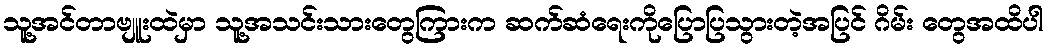
သူ့အင်တာဗျူးထဲမှာ သူ့အသင်းသားတွေကြားက ဆက်ဆံရေးကိုပြောပြသွားတဲ့အပြင် ဂိမ်း တွေအထိပါ